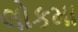
લોકમા